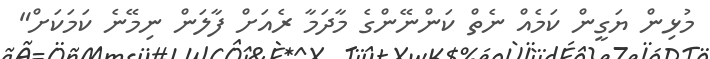
މުޅިން ޔަގީން ކަމެއް ނެތް ކަންނޭންގެ މާދަމާ ރެއަށް ފާލަން ނިމޭނެ ކަމަކަށް"